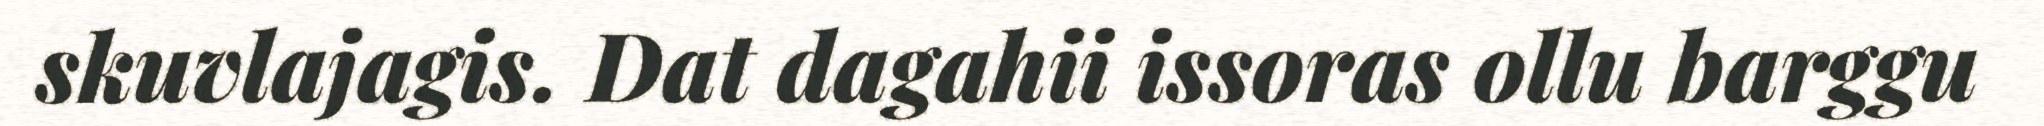
skuvlajagis. Dat dagahii issoras ollu barggu